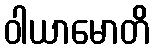
ဝါယာမောတိ